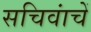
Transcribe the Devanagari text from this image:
सचिवांचें